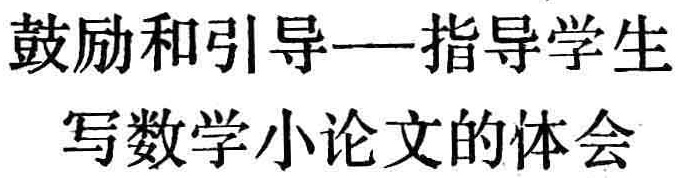
鼓励和引导---指导学生

写数学小论文的体会